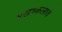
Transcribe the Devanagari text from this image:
मखच्कलाचे